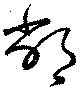
敝